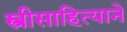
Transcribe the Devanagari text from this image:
स्त्रीसाहित्याने